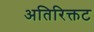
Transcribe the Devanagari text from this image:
अतिरिक्तट